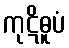
ကုဋိဓူပံ